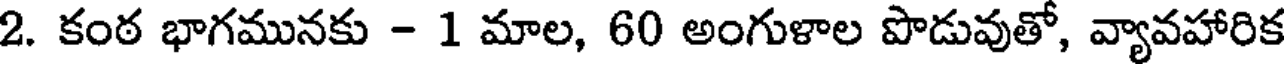
2. కంఠ భాగమునకు - 1 మాల, 60 అంగుళాల పొడువుతో, వ్యావహారిక